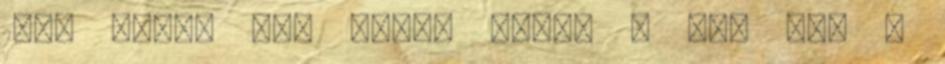
1600 körül már romos volt. A mai vár a